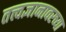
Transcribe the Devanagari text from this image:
तत्त्वज्ञानावरच्या